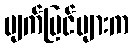
မျက်မြင်များက